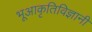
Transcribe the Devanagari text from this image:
भूआकृतिविज्ञानी